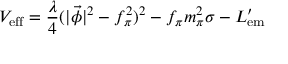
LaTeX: { V } _ { \mathrm { e f f } } = { \frac { \lambda } { 4 } } ( | \vec { \phi } | ^ { 2 } - f _ { \pi } ^ { 2 } ) ^ { 2 } - f _ { \pi } m _ { \pi } ^ { 2 } \sigma - { \cal L } _ { \mathrm { e m } } ^ { \prime }